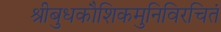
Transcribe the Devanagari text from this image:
श्रीबुधकौशिकमुनिविरचितं